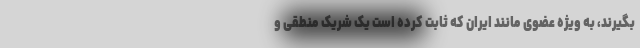
بگیرند، به ویژه عضوی مانند ایران که ثابت کرده است یک شریک منطقی و